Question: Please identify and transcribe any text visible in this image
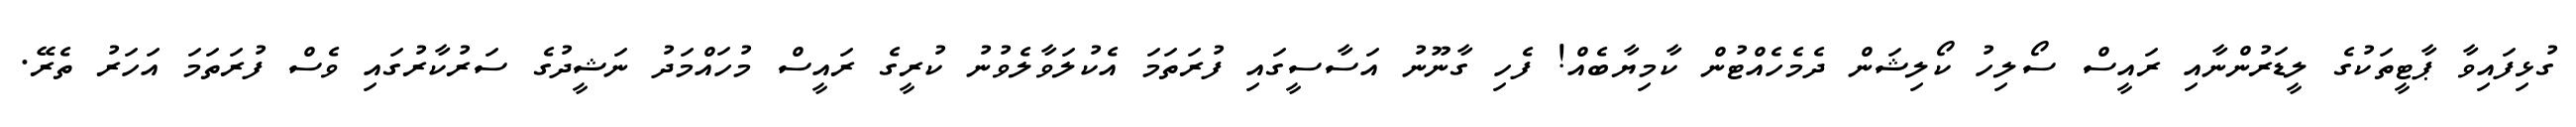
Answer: ގުޅިފައިވާ ޕާޓީތަކުގެ ލީޑަރުންނާއި ރައީސް ސޯލިހު ކޯލިޝަން ދެމެހެއްޓުން ކާމިޔާބެއް! ފެހި ގާނޫނު އަސާސީގައި ފުރަތަމަ އެކުލަވާލެވުނު ކުރީގެ ރައީސް މުހައްމަދު ނަޝީދުގެ ސަރުކާރުގައި ވެސް ފުރަތަމަ އަހަރު ތެރޭ.